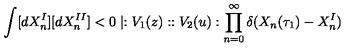
\int [ d X _ { n } ^ { I } ] [ d X _ { n } ^ { I I } ] < 0 \mid : V _ { 1 } ( z ) : : V _ { 2 } ( u ) : \prod _ { n = 0 } ^ { \infty } \delta ( X _ { n } ( \tau _ { 1 } ) - X _ { n } ^ { I } )